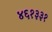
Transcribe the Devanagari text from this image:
४६१३३१